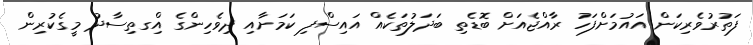
ފަތުރުވެރިކަން އައުމަށްފަހު ރާއްޖެއަށް ބޮޑެތި ބަދަލުތަކެއް އައިސްފި ކަމަށާއި ދިވެހިންގެ އިްގތިސާދު މީގެކުރިން